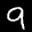
Label: 9